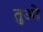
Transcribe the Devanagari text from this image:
तुओ